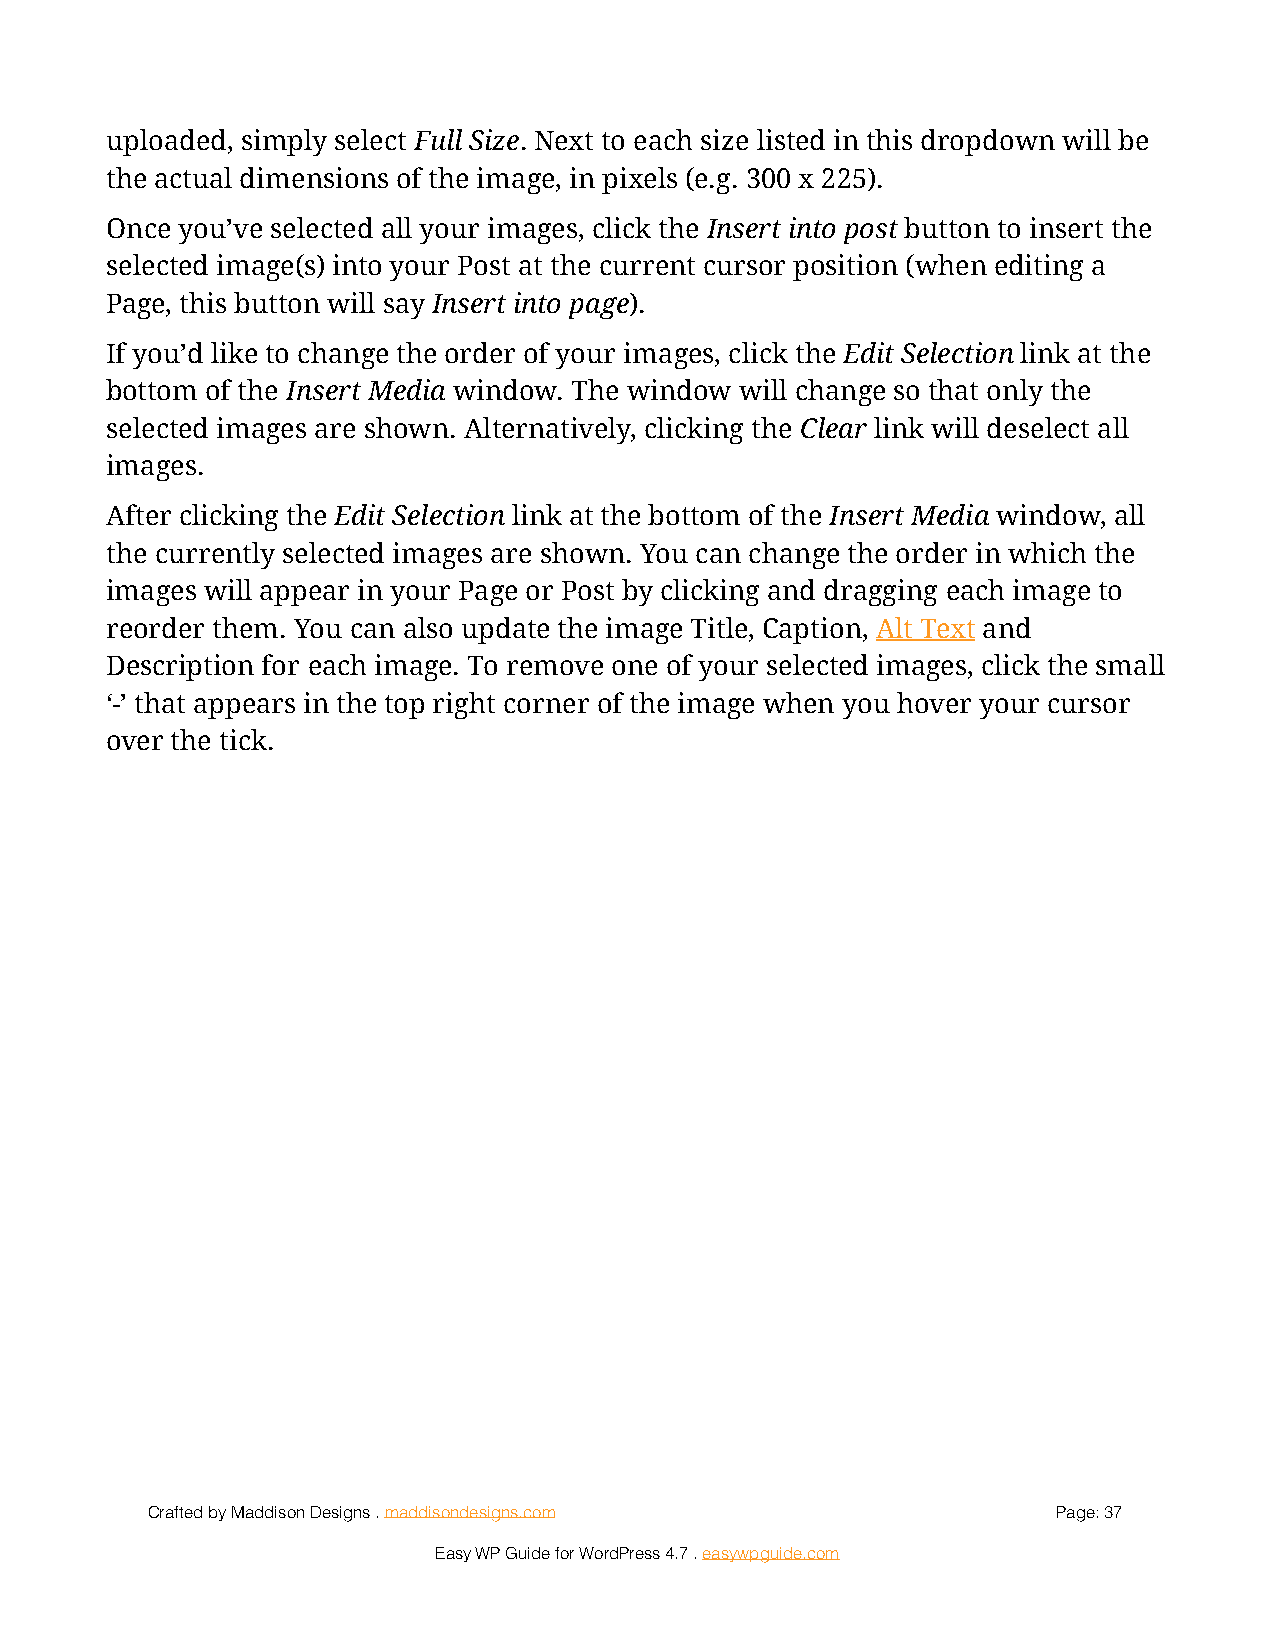
uploaded, simply select Full Size. Next to each size listed in this dropdown will be
 the actual dimensions of the image, in pixels (e.g. 300 x 225).
 Once you’ve selected all your images, click the Insert into post button to insert the
 selected image(s) into your Post at the current cursor position (when editing a
 Page, this button will say Insert into page).
 If you’d like to change the order of your images, click the Edit Selection link at the
 bottom of the Insert Media window. The window will change so that only the
 selected images are shown. Alternatively, clicking the Clear link will deselect all
 images.
 After clicking the Edit Selection link at the bottom of the Insert Media window, all
 the currently selected images are shown. You can change the order in which the
 images will appear in your Page or Post by clicking and dragging each image to
 reorder them. You can also update the image Title, Caption, Alt Text and
 Description for each image. To remove one of your selected images, click the small
 ‘-’ that appears in the top right corner of the image when you hover your cursor
 over the tick.
 Crafted by Maddison Designs . maddisondesigns.com           Page: 3 7
 Easy WP Guide for WordPress 4.7 . easywpguide.com